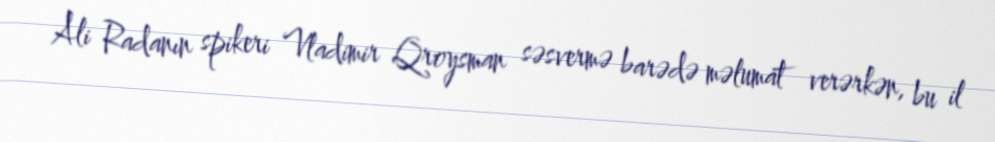
Ali Radanın spikeri Vladimir Qroysman səsvermə barədə məlumat verərkən, bu il